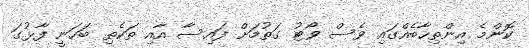
ކޮންމެ އިންތިހާބެއްގައި ވެސް ވޯޓު ގަތުމަށް ފައިސާ އާއި ތަކެތި ބަހަނީ ފާޅުގަ